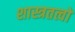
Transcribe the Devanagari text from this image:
शास्त्रतत्वों